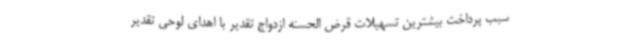
سبب پرداخت بیشترین تسهیلات قرض الحسنه ازدواج تقدیر با اهدای لوحی تقدیر